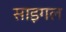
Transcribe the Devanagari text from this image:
साइगल